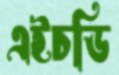
এইচডি